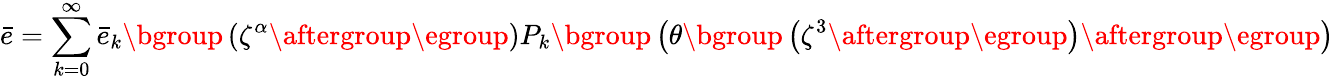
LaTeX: \bar{e}=\sum_{k=0}^{\infty}\bar{e}_{k}\mathopen{}\mathclose\bgroup\left(\zeta^{\alpha}\aftergroup\egroup\right)P_{k}\mathopen{}\mathclose\bgroup\left(\theta\mathopen{}\mathclose\bgroup\left(\zeta^{3}\aftergroup\egroup\right)\aftergroup\egroup\right)